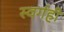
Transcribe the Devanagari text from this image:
स्वर्गही